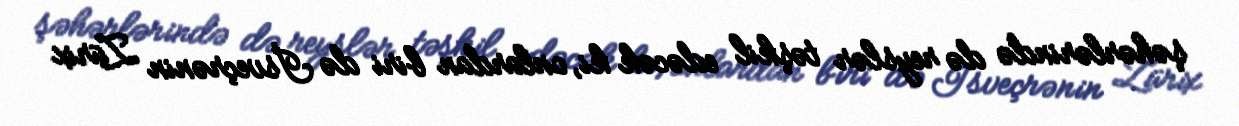
şəhərlərində də reyslər təşkil edəcək ki, onlardan biri də İsveçrənin Zürix